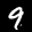
Label: 9